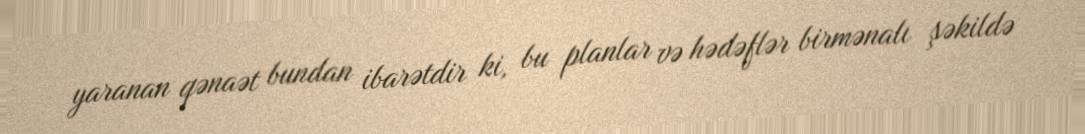
yaranan qənaət bundan ibarətdir ki, bu planlar və hədəflər birmənalı şəkildə